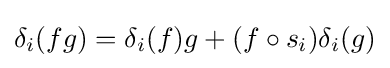
\delta _{i}(fg)=\delta _{i}(f)g+(f\circ s_{i})\delta _{i}(g)